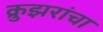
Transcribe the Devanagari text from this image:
क्रुझरांचा